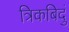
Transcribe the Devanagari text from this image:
त्रिकबिदुं